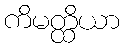
ကိမတ္ထိယာ